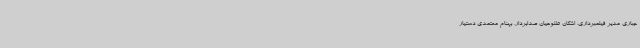
جباری مدیر فیلمبرداری، اشکان طلوعیان صدابردار، بهنام معتمدی دستیار